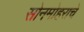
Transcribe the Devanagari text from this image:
सोनमोहराचे